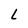
Character: L